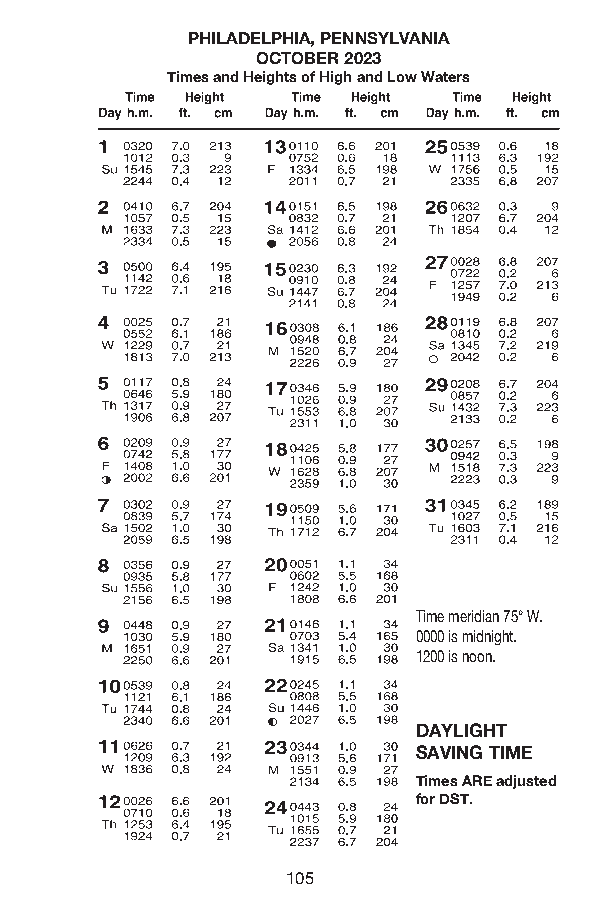
PHILADELPHIA, PENNSYLVANIA
 OCTOBER 2023
 Times and Heights of High and Low Waters
 Time meridian 75° W.
 0000 is midnight.
 1200 is noon.
 EDAASYTLEIGRHNT
 SSTAAVNINDGA TRIDM ETIME/
 DAYLIGHT
 Times ARE adjusted
 SfoAr DVSINT .G TIME
 Times ARE adjusted
 for DST starting
 March 12.
 105